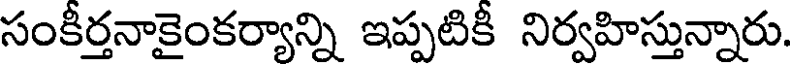
సంకీర్తనాకైంకర్యాన్ని ఇప్పటికీ నిర్వహిస్తున్నారు.